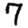
Digit: 7